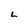
Character: 2